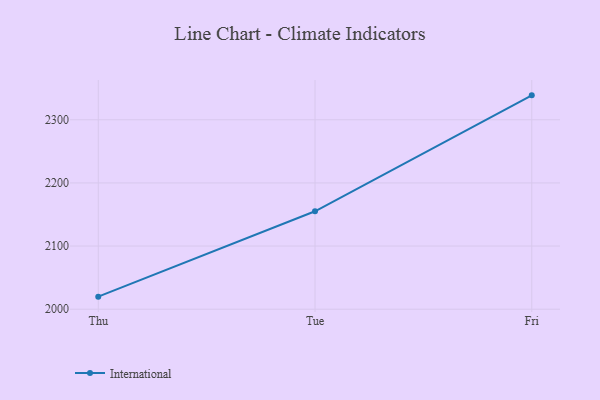
{"axis": {"x": "Day", "y": "LTV (USD)"}, "legend": ["International"], "data": [{"x": "Thu", "y": 2019.9, "type": "International"}, {"x": "Tue", "y": 2155.1, "type": "International"}, {"x": "Fri", "y": 2338.7, "type": "International"}]}